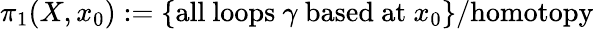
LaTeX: \pi_{1}(X,x_{0}):=\{ {\mathrm{all~loops~}}\gamma{\mathrm{~based~at~}}x_{0}\} /{\mathrm{homotopy}}